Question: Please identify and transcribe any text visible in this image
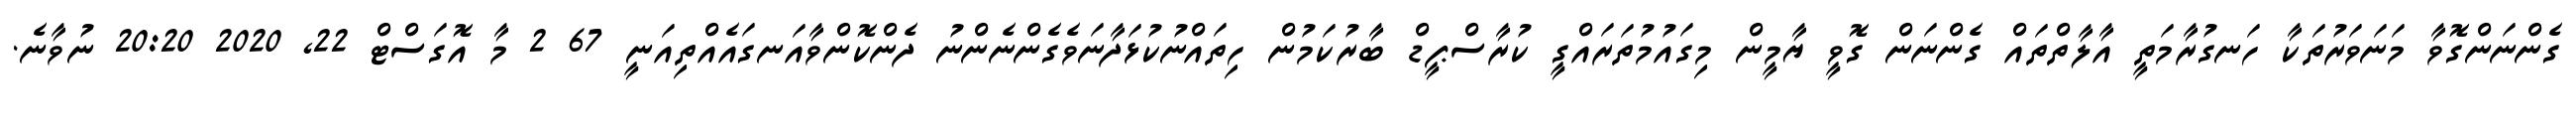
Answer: ގެންނަންގޮވާ މަނަވަރުތަކާ ހަނގުރާމަތީ އާލާތްތައް ގެންނަން ގޮވީ ޔާމީން މިގައުމުތަރައްގީ ކުރާސްޕީޑް ބާރުކަމުން ހިތައްނުކުޅަދާނަވެގެންނެންނު ދެންކޮންވާއަނގައެއްތިއަނީ 67 2 މާ އޮގަސްޓް 22, 2020 20:20 ނުވާނެ.